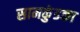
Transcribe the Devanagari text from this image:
सामकुंडका